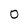
Character: 0